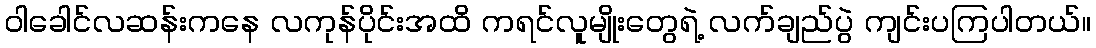
ဝါခေါင်လဆန်းကနေ လကုန်ပိုင်းအထိ ကရင်လူမျိုးတွေရဲ့ လက်ချည်ပွဲ ကျင်းပကြပါတယ်။